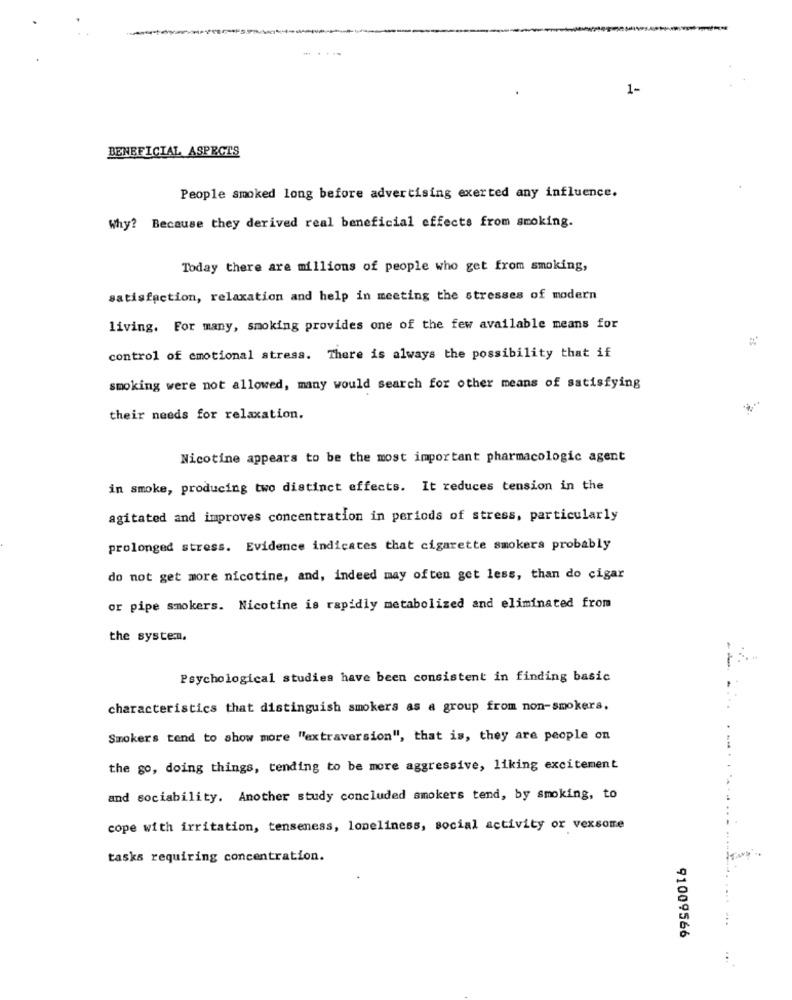
-
1-
BENEFICIAL ASPECTS
People smoked long before advertising exerted any influence.
Why? Because they derived real beneficial effects from smoking.
Today there are millions of people who get from smoking,
satisfaction, relaxation and help in meeting the stresses of modern
living. For many, smoking provides one of the few available means for
control of emotional stress. There is always the possibility that if
smoking were not allowed, many would search for other means of satisfying
their needs for relaxation.
Nicotine appears to be the most important pharmacologic agent
in smoke, producing two distinct effects. It reduces tension in the
agitated and improves concentration in periods of stress, particularly
prolonged stress. Evidence indicates that cigarette smokers probably
do not get more nicotine, and, indeed may often get less, than do cigar
or pipe smokers. Nicotine is rapidly metabolized and eliminated from
the system,
Psychological studies have been consistent in finding basic
characteristics that distinguish smokers as a group from non-smokers,
Smokers tend to show more "extraversion", that is, they are people on
the go, doing things, tending to be more aggressive, liking excitement
and sociability. Another study concluded smokers tend, by smoking, to
cope with irritation, tenseness, loneliness, social activity or vexsome
tasks requiring concentration.
91009566